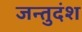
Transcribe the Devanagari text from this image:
जन्तुदंश